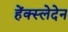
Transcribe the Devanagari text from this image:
हेंक्स्लेदेन